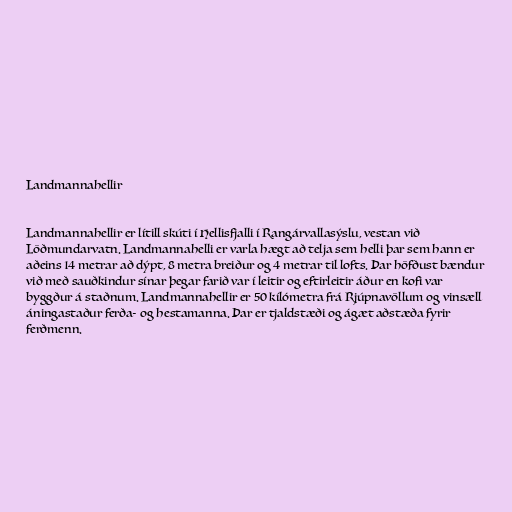
Landmannahellir

Landmannahellir er lítill skúti í Hellisfjalli í Rangárvallasýslu, vestan við
Löðmundarvatn. Landmannahelli er varla hægt að telja sem helli þar sem hann er
aðeins 14 metrar að dýpt, 8 metra breiður og 4 metrar til lofts. Þar höfðust bændur
við með sauðkindur sínar þegar farið var í leitir og eftirleitir áður en kofi var
byggður á staðnum. Landmannahellir er 50 kílómetra frá Rjúpnavöllum og vinsæll
áningastaður ferða- og hestamanna. Þar er tjaldstæði og ágæt aðstæða fyrir
ferðmenn.